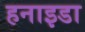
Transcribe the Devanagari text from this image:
हनाइडा